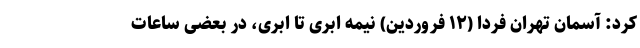
کرد: آسمان تهران فردا (۱۲ فروردین) نیمه ابری تا ابری، در بعضی ساعات